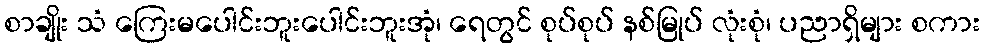
စာချိုး သံ ကြေးမပေါင်းဘူးပေါင်းဘူးအုံ၊ ရေတွင် စုပ်စုပ် နစ်မြုပ် လုံးစုံ၊ ပညာရှိများ စကား